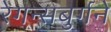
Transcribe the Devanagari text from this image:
रेगन्सबुर्गने